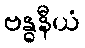
ဗန္ဓနီယံ